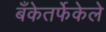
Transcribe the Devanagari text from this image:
बँकेतर्फेकेले